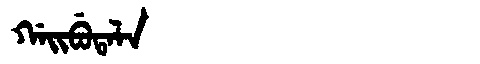
Manchu: ᡤᠠᡳᠪᡠᡨᠠᠯᠠ
Romanization: GAIBUTALA